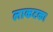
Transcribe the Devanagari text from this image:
लाकटका